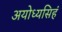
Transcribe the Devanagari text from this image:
अयोध्यसिहं